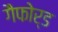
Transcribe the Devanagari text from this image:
गैफोर्ड